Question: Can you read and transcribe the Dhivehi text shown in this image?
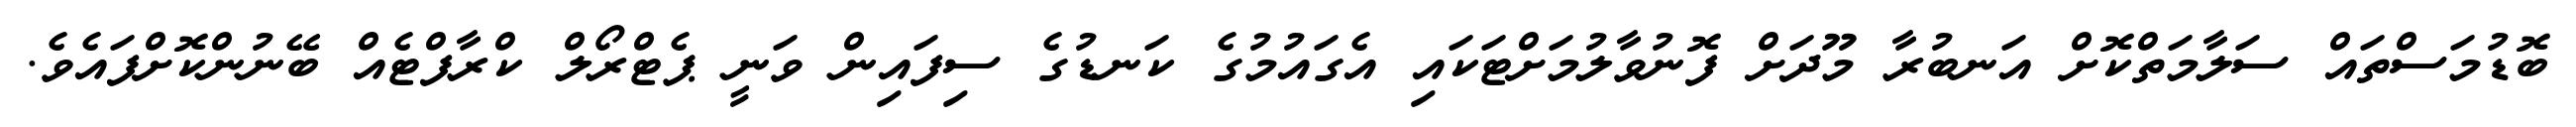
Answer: ބޮޑުމަސްތައް ސަލާމަތްކޮށް އަނބުރާ މޫދަށް ފޮނުވާލުމަށްޓަކައި އެގައުމުގެ ކަނޑުގެ ސިފައިން ވަނީ ޕެޓްރޯލް ކްރާފްޓެއް ބޭނުންކޮށްފައެވެ.